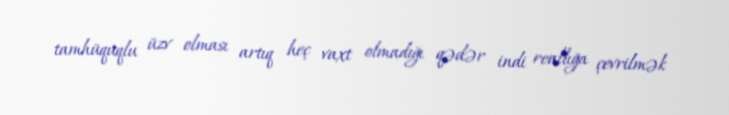
tamhüquqlu üzv olması artıq heç vaxt olmadığı qədər indi reallığa çevrilmək